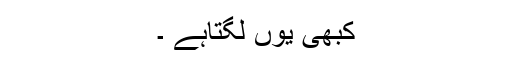
کبھی یوں لگتاہے ۔